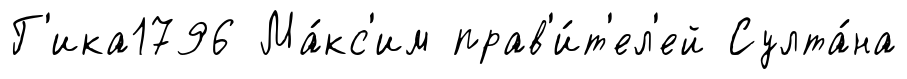
Г'ика1796 Ма́кс'им прав'и́т'ел'ей Султа́на